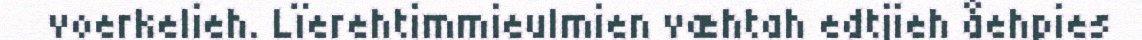
voerkelieh. Lïerehtimmieulmien væhtah edtjieh åehpies